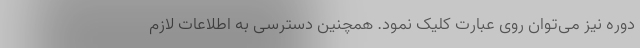
دوره نیز می‌توان روی عبارت کلیک نمود. همچنین دسترسی به اطلاعات لازم